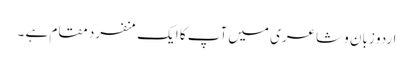
اردو زبان و شاعری میں آپ کا ایک منفرد مقام ہے ۔